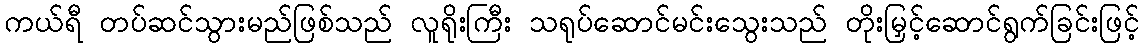
ကယ်ရီ တပ်ဆင်သွားမည်ဖြစ်သည် လူရိုးကြီး သရုပ်ဆောင်မင်းသွေးသည် တိုးမြှင့်ဆောင်ရွက်ခြင်းဖြင့်